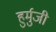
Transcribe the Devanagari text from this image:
हुर्मुजी